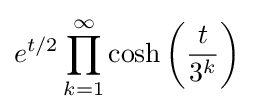
e^{t/2}\prod _{k=1}^{\infty }\cosh \left({\frac {t}{3^{k}}}\right)